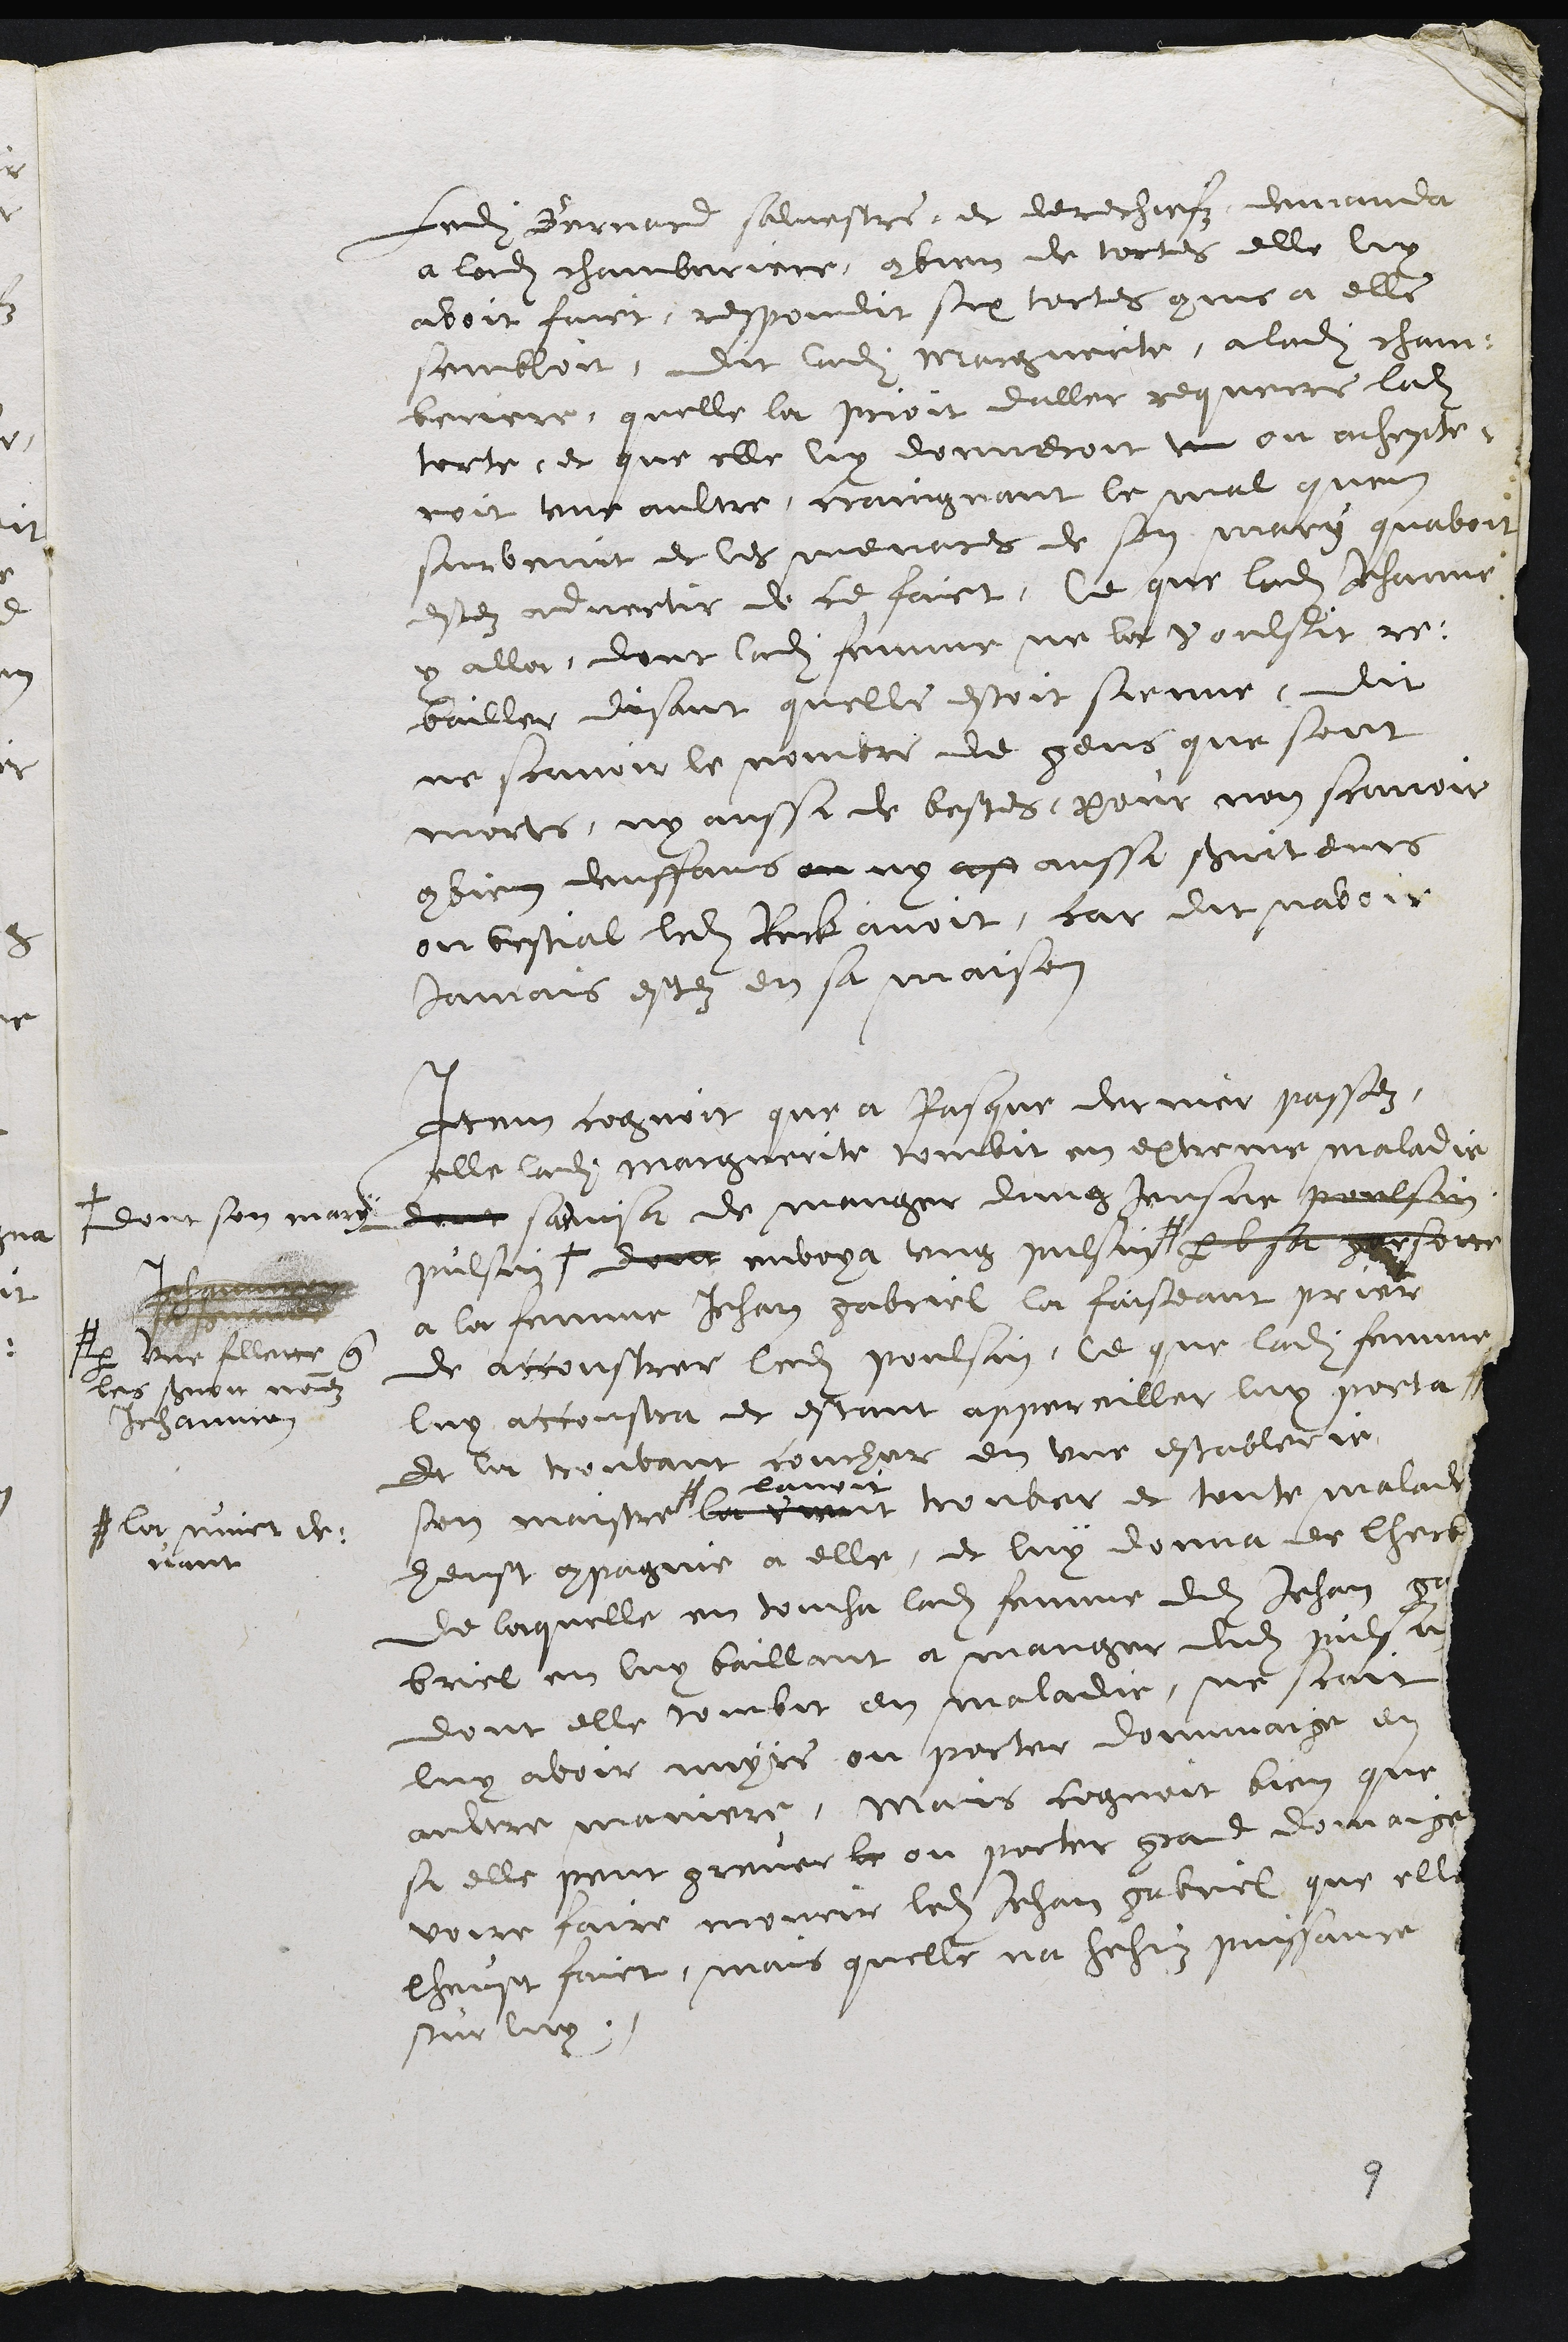
Ledit Bernard salvestre, et derechiefz, demanda
a ladite chamberiere, combien de tortes elle luy
avoit faict, respondit six tortes comme a elle
sembloit, dit ladite Marguerite, a ladite chan-
beriere quelle la prioit daller requerre ladite
torte, et que elle luy donneroit un ou achepte-
roit une aultre, craingnant le mal quen
survenit et les menaces de son mary quavoit
estez advertir de ce faict. Ce que ladite Jehanne
y allat, dont ladite femme ne la voulsit re-
bailler, disant quelle estoit sienne, dit
ne scavoir le nombre de gens que sont
morts, ny aussi de bestes, pour non scavoir
combien denffans ou ny as aussi serviteurs
ou bestial ladit Reck avoit, car dit navoir
jamais estez en sa maison
Item cognoit que a Pasque dernier passez,
elle ladite marguerite tombit en extreme maladie
dont sadvissa de manger dung Jeusne poulsain
pulsin +
+ dont son mary
dont envoya ung pulsin #
# Jehannon
sa servante
par une fillette que
les servoit nommez
Jehannon
par b sa garsotte
a la femme Jehan gabriel la faiseant prier
de accoustrer ledit poulsin, ce que ladite femme
luy accoustra et estant appereiller luy porta
et la trouvant coucher en une establerie
son maistre #
# la nuict de-
vant
la vient
lavoit
trouver et toute malade
heust compagnie a elle, et luy donna de lherbe
de laquelle en toucha ladite femme dudit Jehan ga
briel en luy baillant a manger dudit pulsat
dont elle tombit en maladie, ne scait
luy avoir nuyre au porter dommaige en
aultre maniere, Mais cognoit bien que
si elle peut grever le ou porter grand domaige
voire faire mourir ledit Jehan gabriel que elle
lheust faict, mais quelle na hehuz puissance
sur luy.